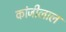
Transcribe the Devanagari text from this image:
कांजीलाल